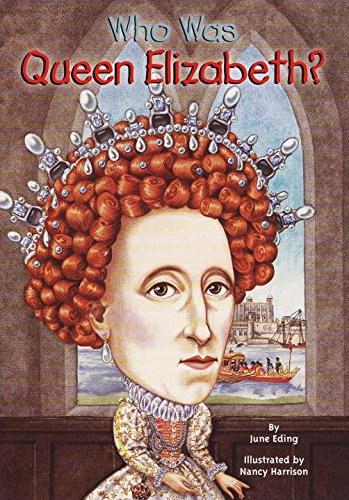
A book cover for Who Was Queen Elizabeth?; June Eding; Children's Books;